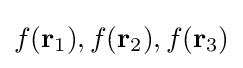
f(\mathbf {r} _{1}),f(\mathbf {r} _{2}),f(\mathbf {r} _{3})